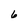
Character: 6